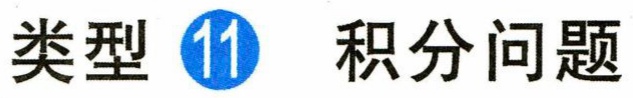
类型 \textcircled{11} 积分问题